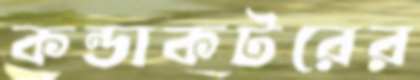
কন্ডাকটরের